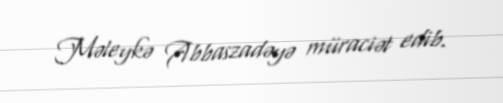
Məleykə Abbaszadəyə müraciət edib.